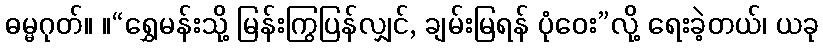
ဓမ္မဂုတ်။ ။“ရွှေမန်းသို့ မြန်းကြွပြန်လျှင်, ချမ်းမြရန် ပုံဝေး”လို့ ရေးခဲ့တယ်၊ ယခု